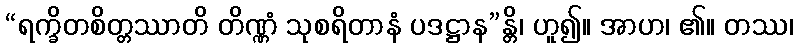
“ရက္ခိတစိတ္တဿာတိ တိဏ္ဏံ သုစရိတာနံ ပဒဋ္ဌာန”န္တိ၊ ဟူ၍။ အာဟ၊ ၏။ တဿ၊